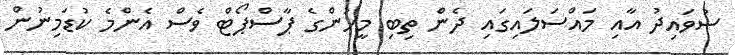
ސުވައިދު އާއި މައްސަލައިގައި ދެން ތިބި މީހުންގެ ޕާސްޕޯޓް ވެސް އެންމެ ކުޑަމިނުން